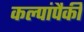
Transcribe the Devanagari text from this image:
कल्पांपैकी